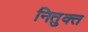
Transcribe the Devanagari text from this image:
नितुक्त